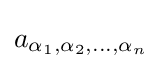
a_{\alpha _{1},\alpha _{2},\dots ,\alpha _{n}}